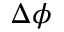
\Delta \phi